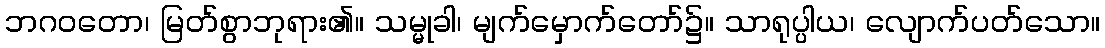
ဘဂဝတော၊ မြတ်စွာဘုရား၏။ သမ္မုခါ၊ မျက်မှောက်တော်၌။ သာရုပ္ပါယ၊ လျောက်ပတ်သော။